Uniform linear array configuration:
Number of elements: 32
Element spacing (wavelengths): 0.75
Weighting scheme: uniform
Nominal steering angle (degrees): -15
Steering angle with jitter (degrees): -15.169
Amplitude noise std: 0.05
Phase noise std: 0.05

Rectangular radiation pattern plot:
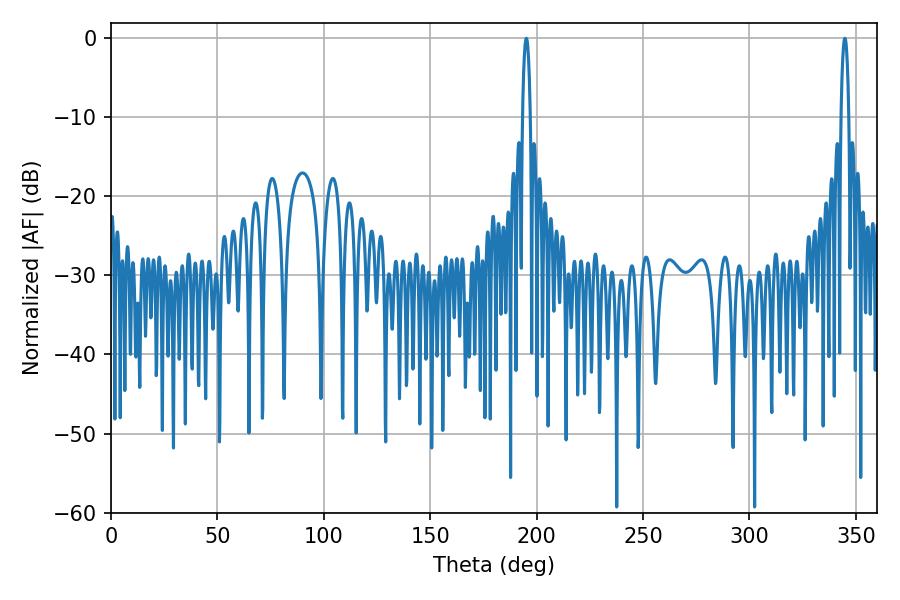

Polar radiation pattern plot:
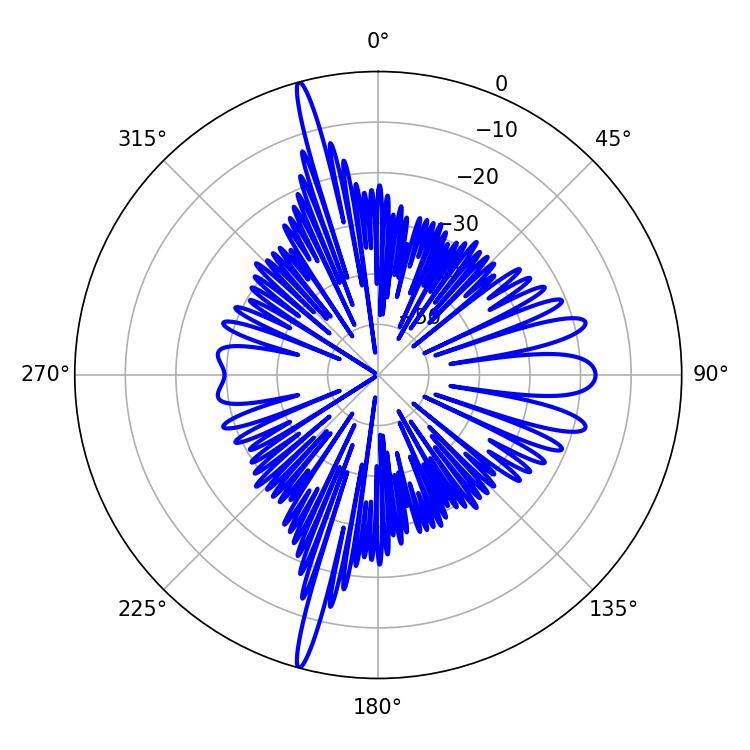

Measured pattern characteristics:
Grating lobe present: TRUE
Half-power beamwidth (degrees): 1.98
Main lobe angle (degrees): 344.88